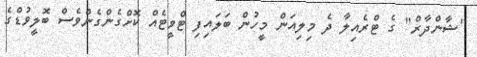
"ޝާންދާރް" ގެ ޓްރެއިލާ ދެ މިލިއަން މީހުން ބަލައިފި ޓްވީޓެއް ކޮށްގެންގެންވެސް ބޮލީވުޑްގެ